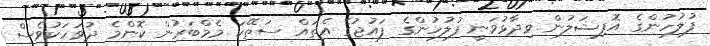
ފުލުހުންގެ އޮފިޝަލުން ވިދާޅުވަނީ ފުލުހުންގެ ފައުޖުގެ އެތައް ސަތޭކަ މެމްބަރުން ކޮންމެ ދުވަހަކުވެސް